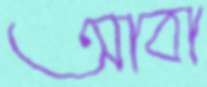
আবা